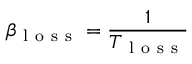
\beta _ { \mathrm { ~ l ~ o ~ s ~ s ~ } } = \frac { 1 } { T _ { \mathrm { ~ l ~ o ~ s ~ s ~ } } }